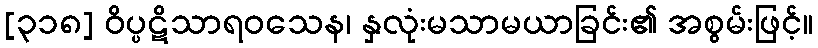
[၃၁၈] ဝိပ္ပဋိသာရဝသေန၊ နှလုံးမသာမယာခြင်း၏ အစွမ်းဖြင့်။